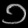
Digit: ၁